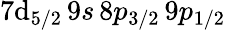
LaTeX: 7\mathrm{d}_{5/2}\, 9s\, 8p_{3/2}\, 9p_{1/2}